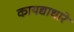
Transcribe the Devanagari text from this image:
कायद्याधारे